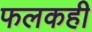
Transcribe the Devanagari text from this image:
फलकही